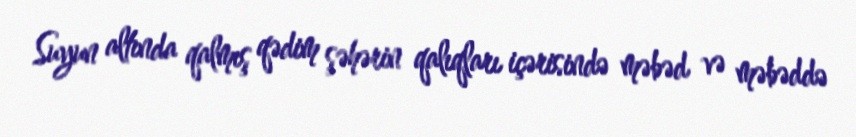
Suyun altında qalmış qədim şəhərin qalıqları içərisində məbəd və məbəddə